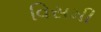
વિસમી